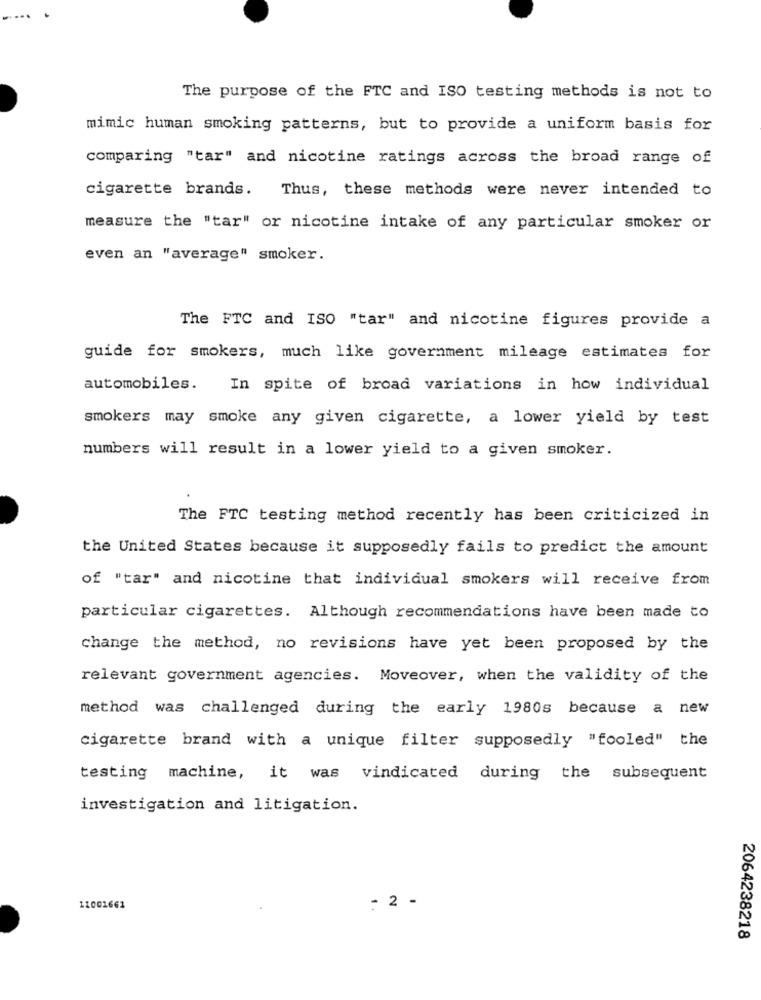
The purpose of the FTC and ISO testing methods is not to
mimic human smoking patterns, but to provide a uniform basis for
comparing "tar" and nicotine ratings across the broad range of
cigarette brands. Thus, these methods were never intended to
measure the "tar" or nicotine intake of any particular smoker or
even an "average" smoker.
The FTC and ISO "tar" and nicotine figures provide a
guide for smokers, much like government mileage estimates for
automobiles.
In spite of broad variations in how individual
smokers may smoke any given cigarette, a lower yield by test
numbers will result in a lower yield to a given smoker.
The FTC testing method recently has been criticized in
the United States because it supposedly fails to predict the amount
of "tar" and nicotine that individual smokers will receive from
particular cigarettes. Although recommendations have been made to
change the method, no revisions have yet been proposed by the
relevant government agencies. Moveover, when the validity of the
method was challenged during the early 1980s because a new
cigarette brand with a unique filter supposedly "fooled" the
testing machine, it was vindicated during the subsequent
investigation and litigation.
11001661
- 2 -
2064238218